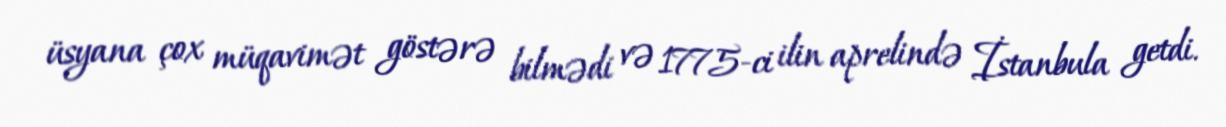
üsyana çox müqavimət göstərə bilmədi və 1775-ci ilin aprelində İstanbula getdi.